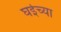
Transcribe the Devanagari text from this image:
घईच्या